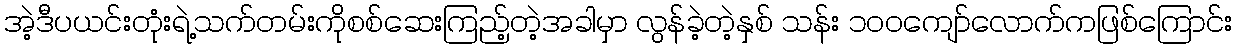
အဲ့ဒီပယင်းတုံးရဲ့သက်တမ်းကိုစစ်ဆေးကြည့်တဲ့အခါမှာ လွန်ခဲ့တဲ့နှစ် သန်း ၁၀၀ကျော်လောက်ကဖြစ်ကြောင်း